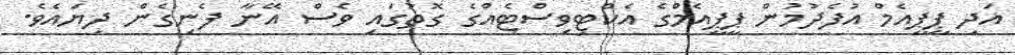
އަދި ޕީޕީއެމް އުފެދުމުން ޕީޕީއެމްގެ އެކްޓިވިސްޓެއްގެ ގޮތުގައި ވެސް އޭނާ ފެނިގެން ދިޔައެވެ.